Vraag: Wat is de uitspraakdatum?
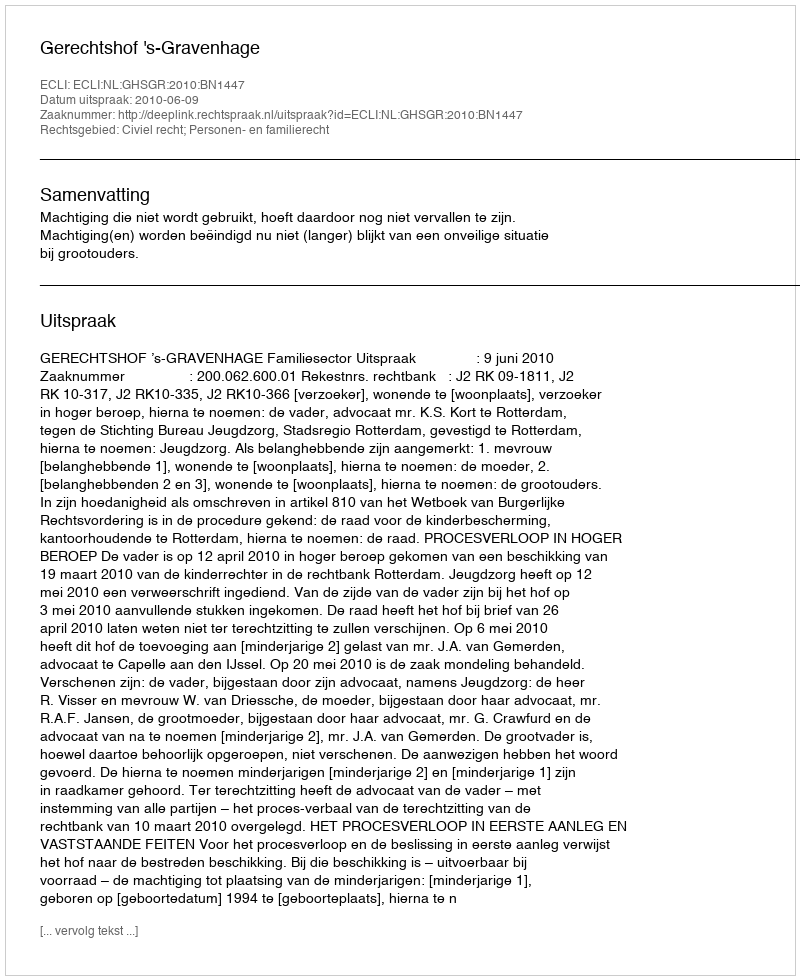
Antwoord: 2010-06-09